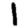
Digit: 1